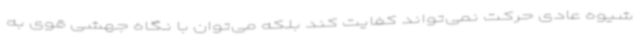
شیوه عادی حرکت نمی‌تواند کفایت کند بلکه می‌توان با نگاه جهشی قوی به